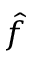
\hat { f }